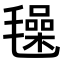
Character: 𣰕